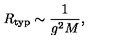
R _ { \mathrm { t y p } } \sim \frac { 1 } { g ^ { 2 } M } ,